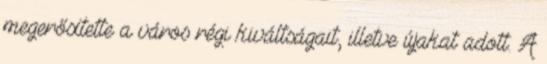
megerősítette a város régi kiváltságait, illetve újakat adott. A